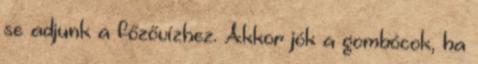
se adjunk a főzővízhez. Akkor jók a gombócok, ha